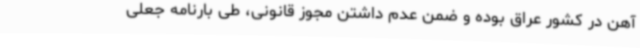
آهن در کشور عراق بوده و ضمن عدم داشتن مجوز قانونی، طی بارنامه جعلی